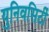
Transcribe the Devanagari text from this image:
युनिवसिर्टी